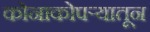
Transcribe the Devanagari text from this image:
कोनाकोपऱ्यातून